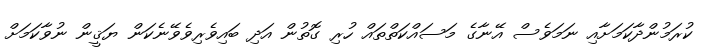
ކުރަމުންދާކަމަށާއި ނަމަވެސް އޭނާގެ މަސައްކަތްތައް ހުރި ގޮތުން އަދި ބައިވެރިވެވޭނެކަން ޔަޤީން ނުވާކަމަށް